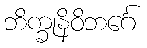
ဘိက္ခုနိဝိဘင်္ဂေ